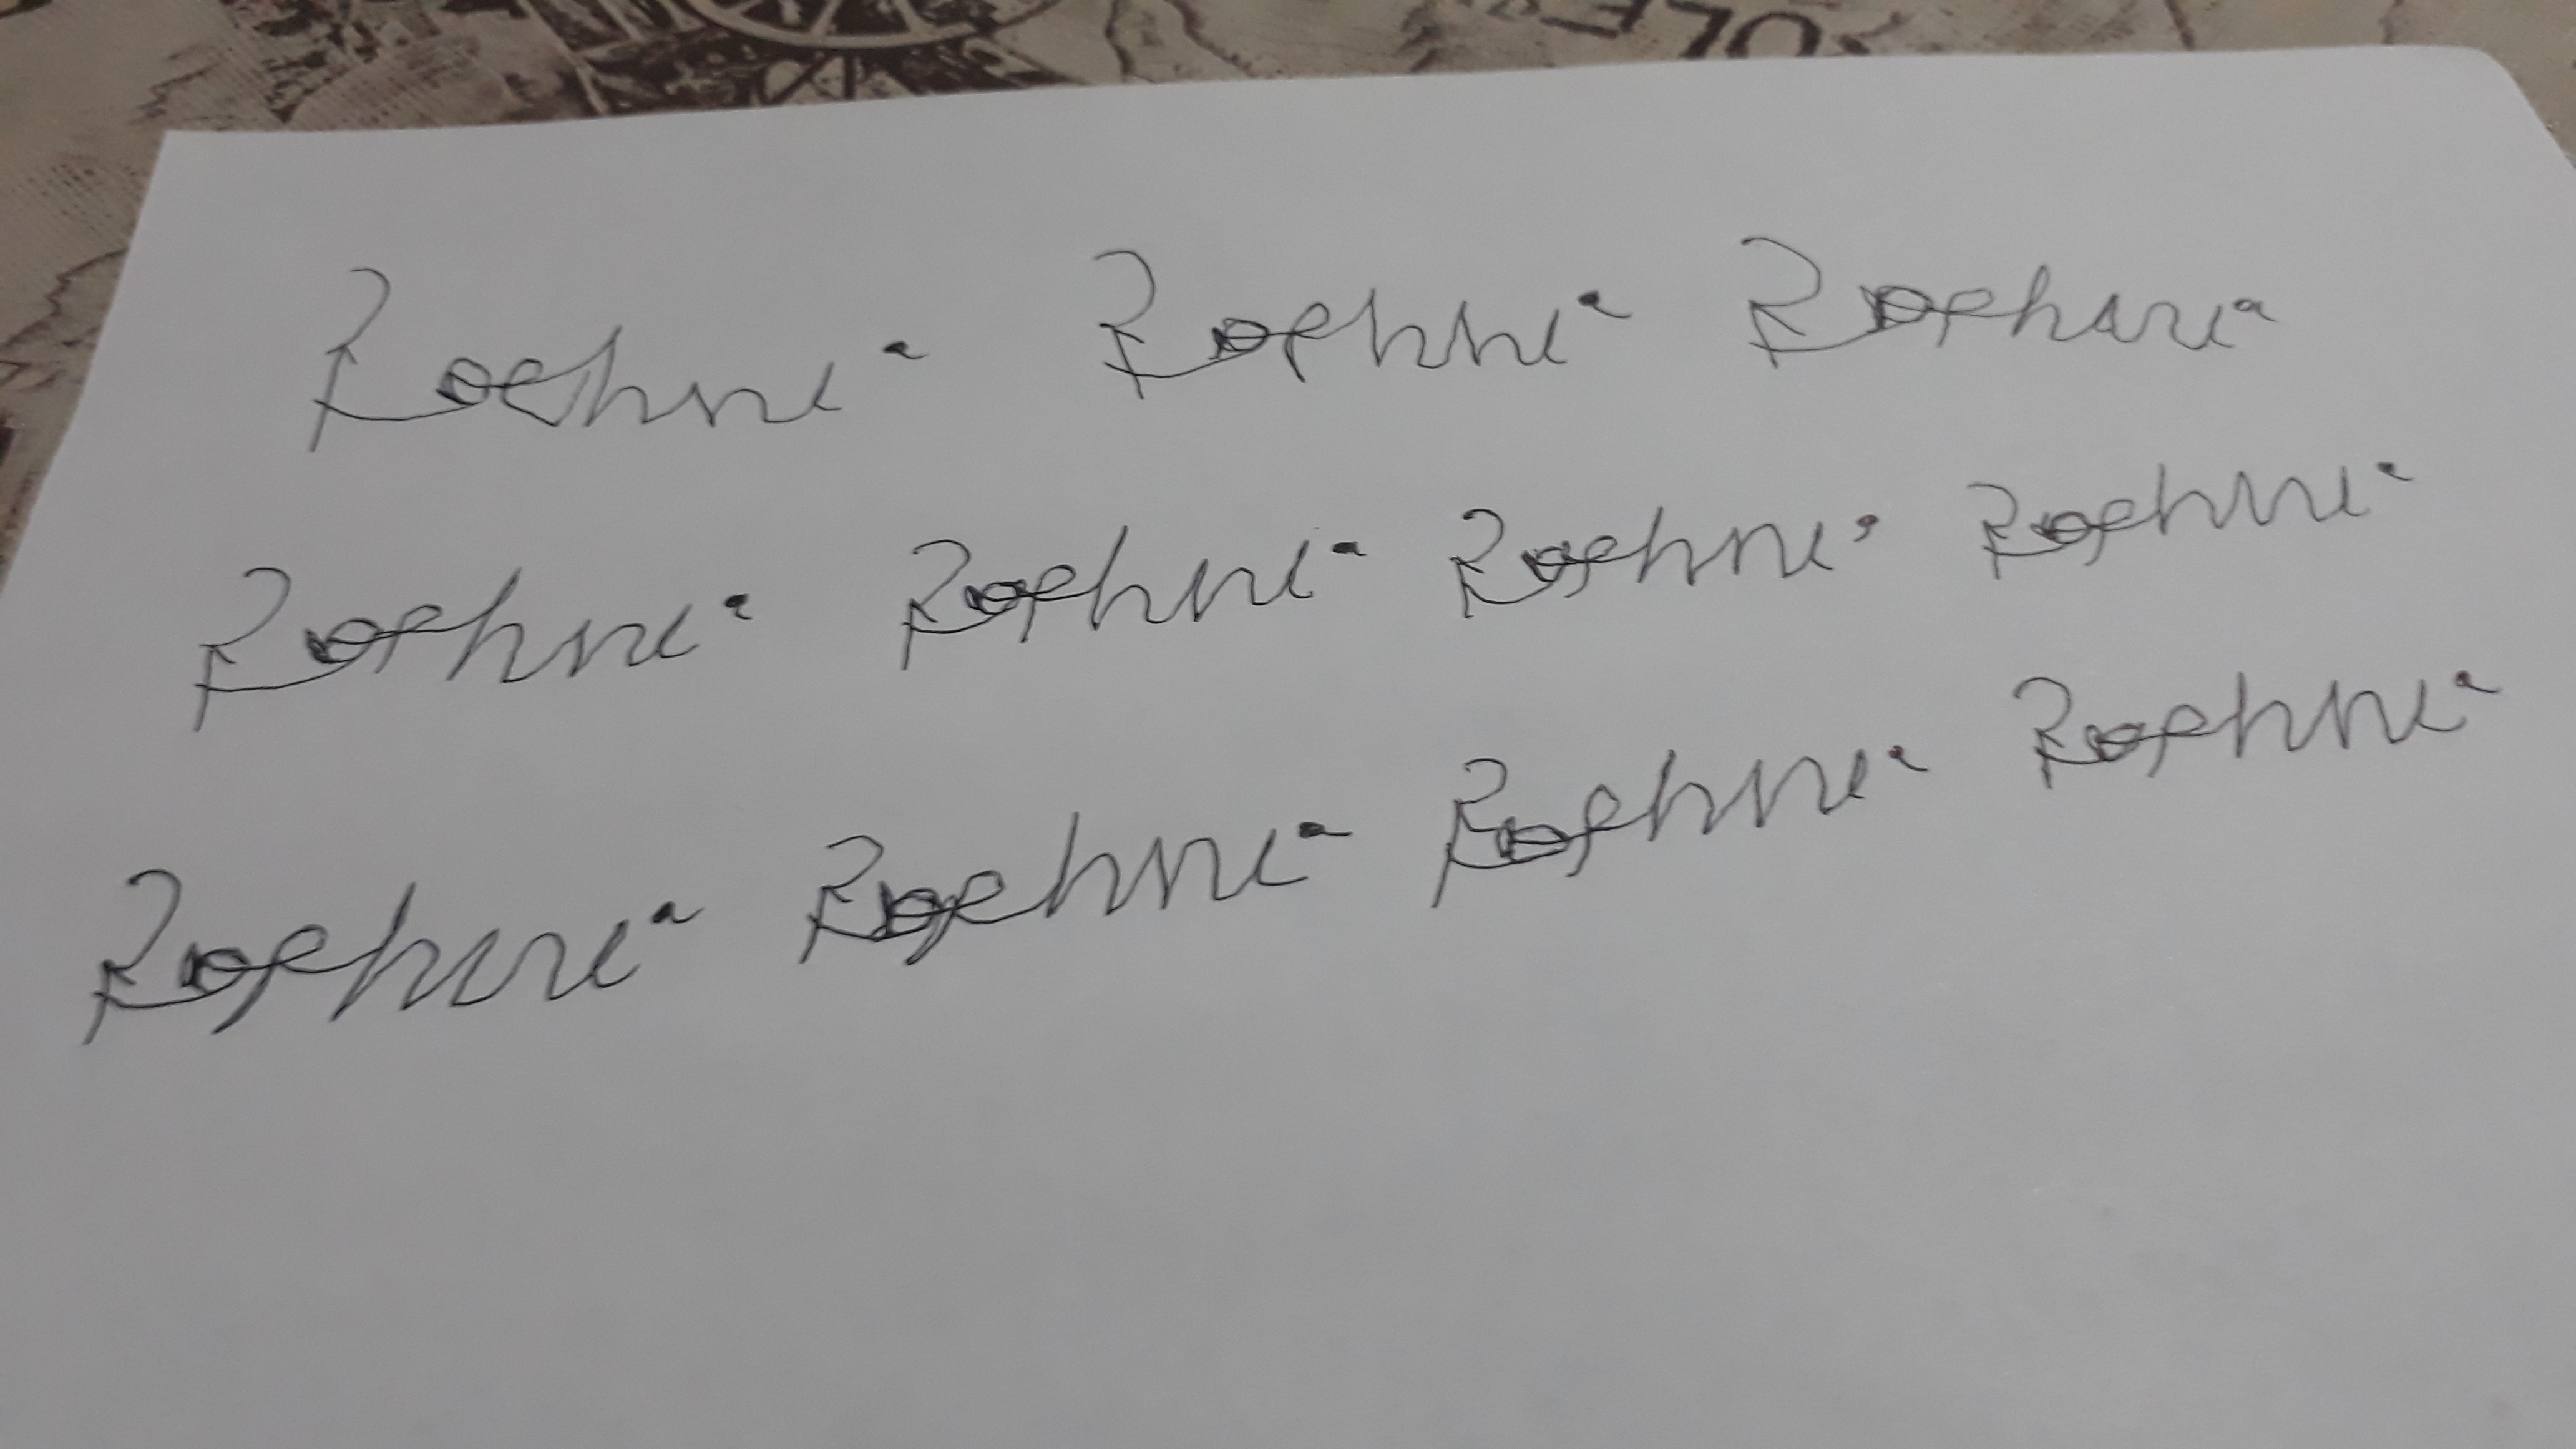
Signature authenticity: forged